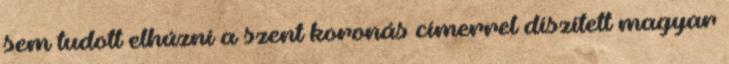
sem tudott elhúzni a szent koronás címerrel díszített magyar